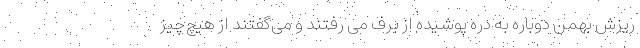
ریزش بهمن دوباره به دره پوشیده از برف می‌ رفتند و می‌گفتند از هیچ‌چیز